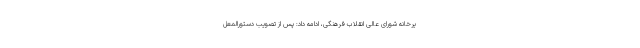
یرخانه شورای عالی انقلاب فرهنگی، ادامه داد: پس از تصویب دستورالمعل